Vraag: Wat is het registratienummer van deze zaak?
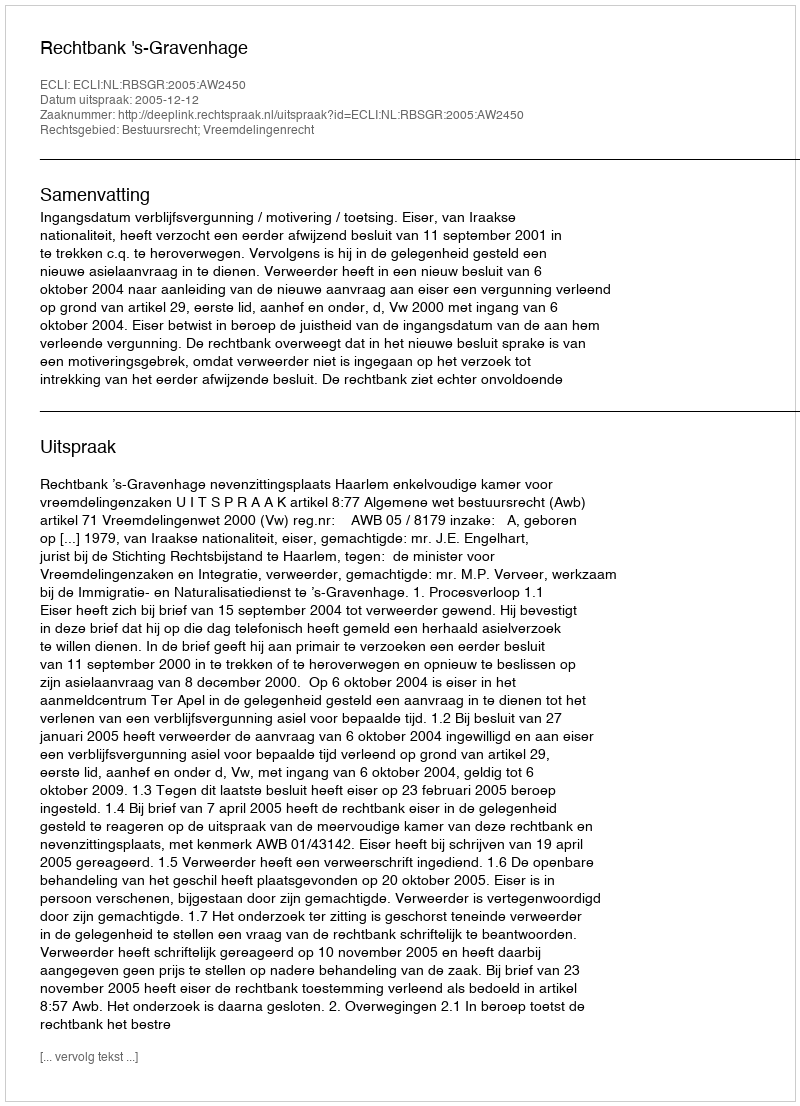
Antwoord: http://deeplink.rechtspraak.nl/uitspraak?id=ECLI:NL:RBSGR:2005:AW2450